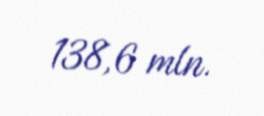
138,6 mln.